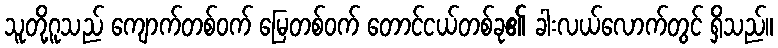
သူတို့ဂူသည် ကျောက်တစ်ဝက် မြေတစ်ဝက် တောင်ငယ်တစ်ခု၏ ခါးလယ်လောက်တွင် ရှိသည်။